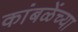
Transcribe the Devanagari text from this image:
कांबळेंच्या